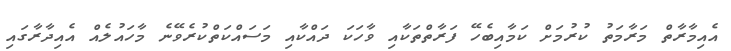
އެއިމާރާތް މަރާމަތު ކުރުމަށް ކަމާއިބެހޭ ފަރާތްތަކާއި ވާހަކަ ދައްކާއި މަސައްކަތްކުރެވޭނެ މާހައުލެއް އެއިދާރާގައި